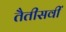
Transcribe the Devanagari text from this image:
तैतीसवीं